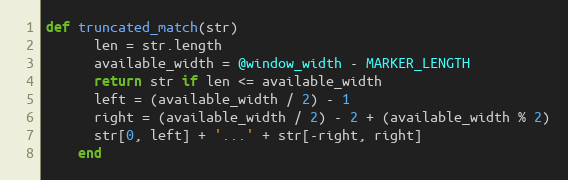
Language: Ruby
def truncated_match(str)
      len = str.length
      available_width = @window_width - MARKER_LENGTH
      return str if len <= available_width
      left = (available_width / 2) - 1
      right = (available_width / 2) - 2 + (available_width % 2)
      str[0, left] + '...' + str[-right, right]
    end